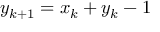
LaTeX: y _ { k + 1 } = x _ { k } + y _ { k } - 1